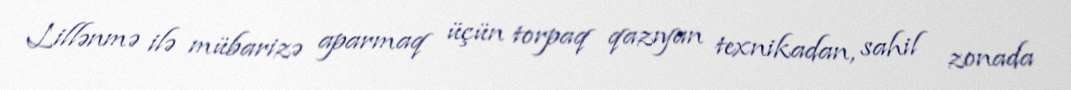
Lillənmə ilə mübarizə aparmaq üçün torpaq qazıyan texnikadan, sahil zonada